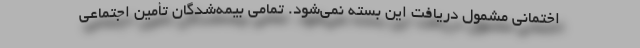
اختمانی مشمول دریافت این بسته نمی‌شود. تمامی بیمه‌شدگان تأمین اجتماعی